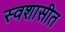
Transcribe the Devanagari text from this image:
स्वशासीत